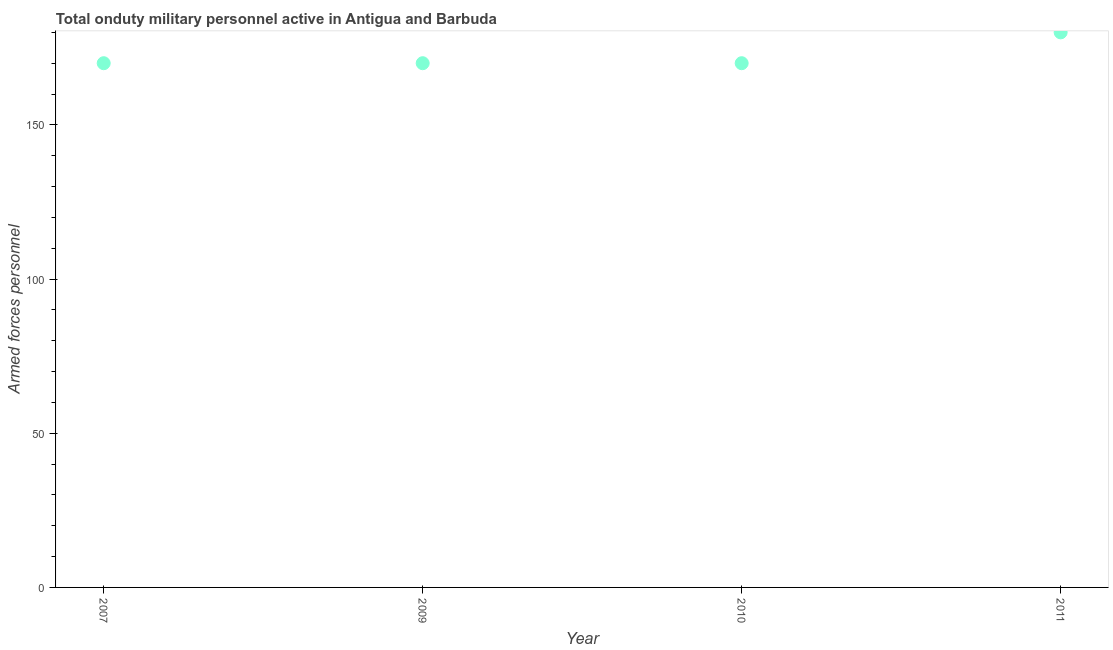
| Year | Armed forces personnel |
 | --- | --- |
 | 2007 | 170 |
 | 2009 | 170 |
 | 2010 | 170 |
 | 2011 | 180 |